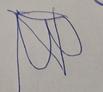
Signature authenticity: forged